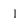
Character: l